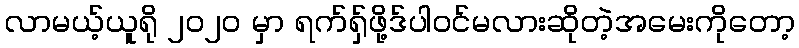
လာမယ့်ယူရို ၂၀၂၀ မှာ ရက်ရှ်ဖို့ဒ်ပါဝင်မလားဆိုတဲ့အမေးကိုတော့